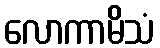
လောကာမိသံ